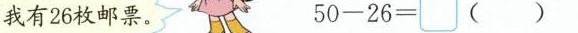
我有26枚邮票。 $$5 0 - 2 6 = ( )$$